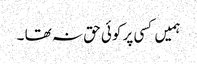
ہمیں کسی پر کوئی حق نہ تھا ۔